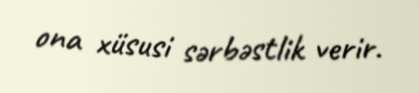
ona xüsusi sərbəstlik verir.